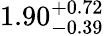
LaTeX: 1.90_{-0.39}^{+0.72}